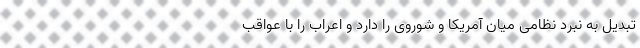
تبدیل به نبرد نظامی میان آمریکا و شوروی را دارد و اعراب را با عواقب